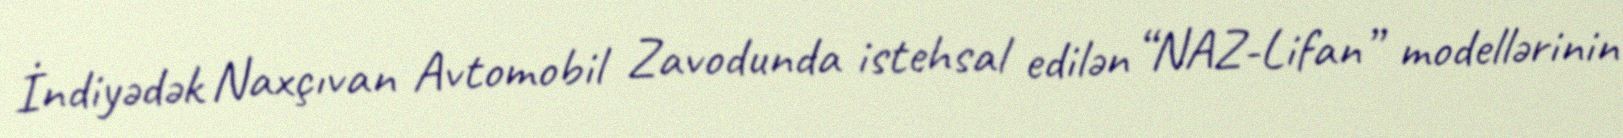
İndiyədək Naxçıvan Avtomobil Zavodunda istehsal edilən “NAZ-Lifan” modellərinin